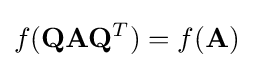
f(\mathbf {Q} \mathbf {A} \mathbf {Q} ^{T})=f(\mathbf {A} )